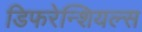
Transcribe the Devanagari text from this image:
डिफरेन्शियल्स